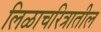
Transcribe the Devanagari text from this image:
लिळाचरित्रातील